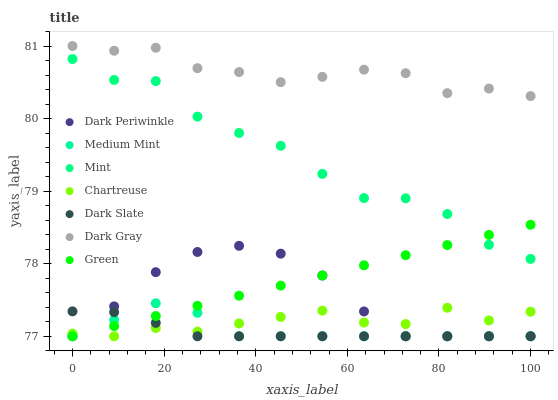
| xaxis_label | Dark Periwinkle | Medium Mint | Mint | Chartreuse | Dark Slate | Dark Gray | Green |
 | --- | --- | --- | --- | --- | --- | --- | --- |
 | 0 | 77 | 77 | 80.8 | 77 | 77.3 | 81 | 77 |
 | 9.09 | 77.4 | 77.2 | 80.5 | 77 | 77.3 | 80.9 | 77.1 |
 | 18.2 | 77.9 | 77.5 | 80.5 | 77.1 | 77.2 | 81 | 77.3 |
 | 27.3 | 78.2 | 77.3 | 80 | 77.1 | 77 | 80.7 | 77.4 |
 | 36.4 | 78.2 | 77 | 79.8 | 77.2 | 77 | 80.6 | 77.6 |
 | 45.5 | 78.1 | 77 | 79.6 | 77.3 | 77 | 80.5 | 77.7 |
 | 54.5 | 77.8 | 77 | 79.2 | 77.4 | 77 | 80.6 | 77.8 |
 | 63.6 | 77.3 | 77 | 78.9 | 77.2 | 77 | 80.7 | 78 |
 | 72.7 | 77 | 77 | 78.9 | 77.2 | 77 | 80.6 | 78.1 |
 | 81.8 | 77 | 77 | 78.7 | 77.4 | 77 | 80.4 | 78.3 |
 | 90.9 | 77 | 77 | 78.3 | 77.2 | 77 | 80.4 | 78.4 |
 | 100 | 77 | 77 | 78.1 | 77.3 | 77 | 80.3 | 78.5 |